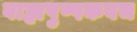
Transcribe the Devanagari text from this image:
बाह्मपुष्पकवच